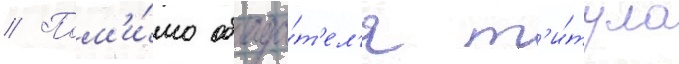
// Пом'и́мо облада́т'ел'я т'и́тула